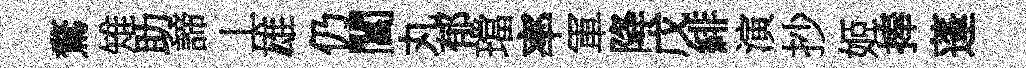
鶩雉助諦丄雄仍閶丸郁璫率軍降戊緋演抄姬捧蓬